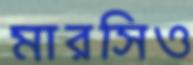
মারসিও